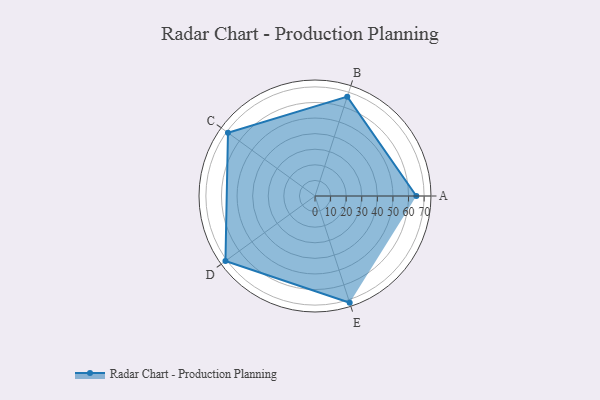
{"axis": {"x": "Skill", "y": "Score"}, "legend": ["Profile"], "data": [{"x": "A", "y": 65.0, "type": "Profile"}, {"x": "B", "y": 67.0, "type": "Profile"}, {"x": "C", "y": 69.0, "type": "Profile"}, {"x": "D", "y": 71.0, "type": "Profile"}, {"x": "E", "y": 72.0, "type": "Profile"}]}